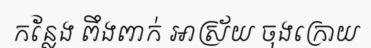
កន្លែង ពឹងពាក់ អាស្រ័យ ចុងក្រោយ